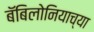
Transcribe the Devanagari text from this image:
बॅबिलोनियाच्या